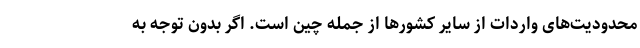
محدودیت‌های واردات از سایر کشورها از جمله چین است. اگر بدون توجه به